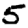
Digit: 5